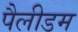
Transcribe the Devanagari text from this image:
पैलीडम